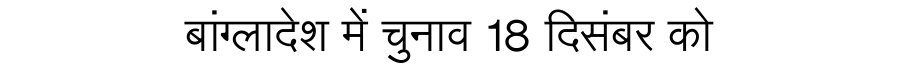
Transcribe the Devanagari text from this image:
बांग्लादेश में चुनाव 18 दिसंबर को